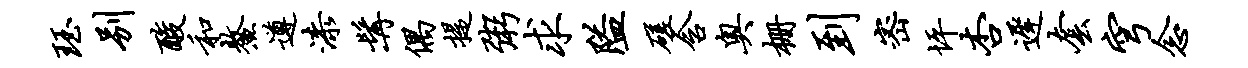
珏别酸和鳌遵漆髯偶提粥求隘磋含奥栅到密坪杏迟套穹念